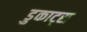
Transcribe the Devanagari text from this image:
डुकाट्स